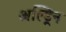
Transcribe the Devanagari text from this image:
अल्ड्रिन